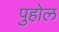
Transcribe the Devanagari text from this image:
पुहोल